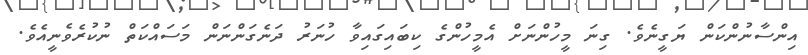
އިންސާނުންކަން ޔަގީނެވެ. ގިނަ މީހުންނަށް އެމީހުންގެ ކިބައިގައިވާ ހުނަރު ދަނެގަންނަން މަސައްކަތް ނުކުރެވެނީއެވެ.